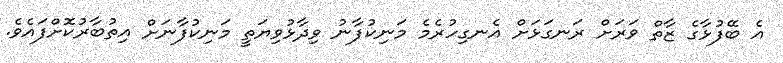
އެ ބޭފުޅާގެ ޒާތް ވަރަށް ރަނގަޅަށް އެނގިހުރެމެ މަނިކުފާނު ވިދާޅުވިޔަތީ މަނިކުފާނަށް އިތުބާރުކޮށްފައެވެ.